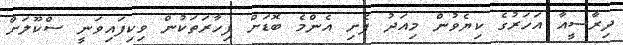
ދިރާސީއާ އަހަރުގެ ކިޔެވުން މިއަދު ފެށި އެންމެ ބޮޑަށް ފިހާރަތަކުން ވިކިފައިވަނީ ސްކޫލަށް